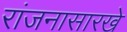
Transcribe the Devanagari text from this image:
रांजनासारखे